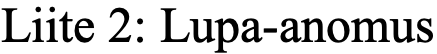
Liite 2: Lupa-anomus